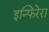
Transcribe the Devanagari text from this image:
इन्फिरेरा